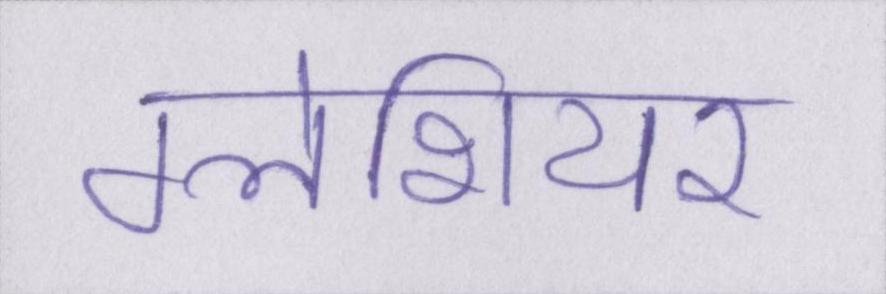
ग्लेशियर